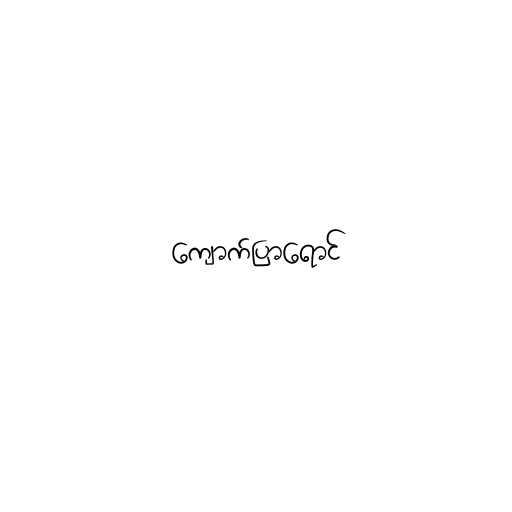
ကျောက်ပြာရောင်